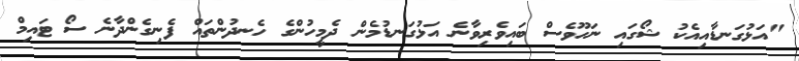
"އަޅުގަނޑާއިއެކު ޝޯގައި ނަހޫވެސް ބައިވެރިވާނެ އަޅުގަނޑުމެން ދެމީހުންގެ ހެނދުންތައް ފެނިގެންދާނެ ސޯ ޓައިމް